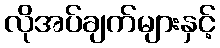
လိုအပ်ချက်များနှင့်